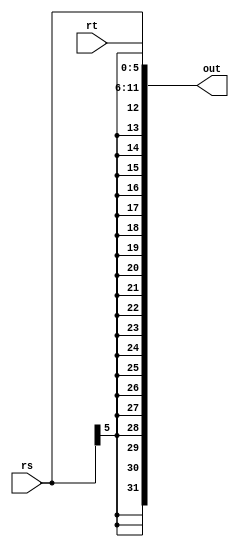
`timescale 1ns / 1ps
//////////////////////////////////////////////////////////////////////////////////
// Company: 
// Engineer: 
// 
// Design Name: 
// Module Name: sign_extend_rs_rt
// Project Name: 
// Target Devices: 
// Tool Versions: 
// Description: 
// 
// Dependencies: 
// 
// Revision:
// Revision 0.01 - File Created
// Additional Comments:
// 
//////////////////////////////////////////////////////////////////////////////////


module sign_extend_rs_rt(rs, rt, out);
    
input [5:0] rs, rt;
output reg [31:0] out;

reg [11:0] rs_rt;
always@(rs, rt)
    begin
        rs_rt [5:0] = rt;
        rs_rt [11:6] = rs;
        out <= $signed(rs_rt);
    end
endmodule